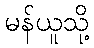
မန်ယူသို့